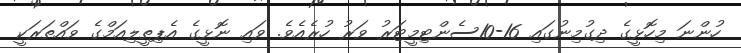
ހުންނަ މިހޮޅީގެ ދިގުމިނުގައި 16-10ސެންޓިމީޓަރު ވަރު ހުރެއެވެ. ވައި ނޮޅީގެ އެޕިތީލިއަމްގެ ވައްތަރަކީ